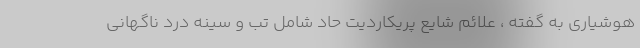
هوشیاری به گفته ، علائم شایع پریکاردیت حاد شامل تب و سینه درد ناگهانی